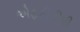
એફટીટીપી